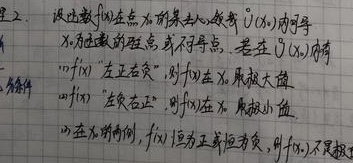
2. 设函数\(f(x)\)在点\(x_{0}\)的某去心邻域\(U^{\circ}(x_{0})\)内可导，\(x_{0}\)为连续的驻点或不可导点，若在\(U^{\circ}(x_{0})\)内有：
   - 若\(f'(x)\)“左正右负”，则\(f(x)\)在\(x_{0}\)取极大值；
   - 若\(f'(x)\)“左负右正”，则\(f(x)\)在\(x_{0}\)取极小值；
   - 若在\(x_{0}\)的两侧，\(f'(x)\)恒为正或恒为负，则\(f(x_{0})\)不是极值。